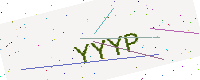
Text: YYYP